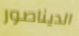
الديناصور